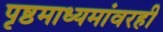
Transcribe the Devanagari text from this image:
पृष्ठमाध्यमांवरही